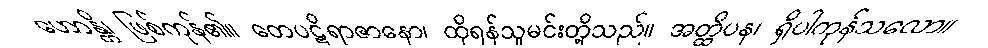
ဟောန္တိ၊ ဖြစ်ကုန်၏။ တေပဋိရာဇာနော၊ ထိုရန်သူမင်းတို့သည်။ အတ္ထိပန၊ ရှိပါကုန်သလော။